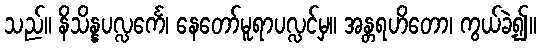
သည်။ နိသိန္နပလ္လင်္ကေ၊ နေတော်မူရာပလ္လင်မှ။ အန္တရဟိတော၊ ကွယ်ခဲ့၍။